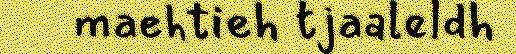
maehtieh tjaaleldh